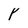
Character: Y